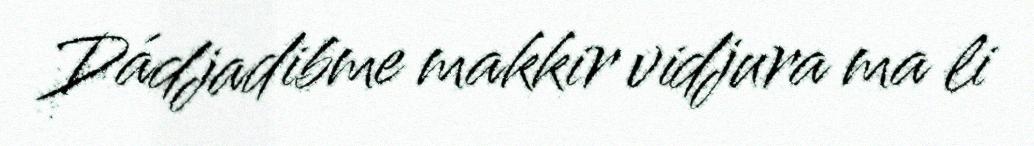
Dádjadibme makkir vidjura ma li